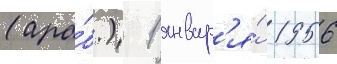
(ара́б.) 1 январ'я́ 1956